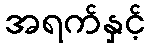
အရက်နှင့်